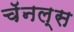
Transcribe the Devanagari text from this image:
चॅनल्स